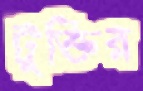
টুক্তির